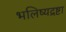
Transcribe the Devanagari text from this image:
भलिष्यद्रष्टा